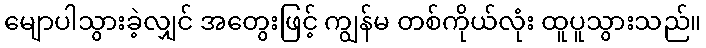
မျောပါသွားခဲ့လျှင် အတွေးဖြင့် ကျွန်မ တစ်ကိုယ်လုံး ထူပူသွားသည်။